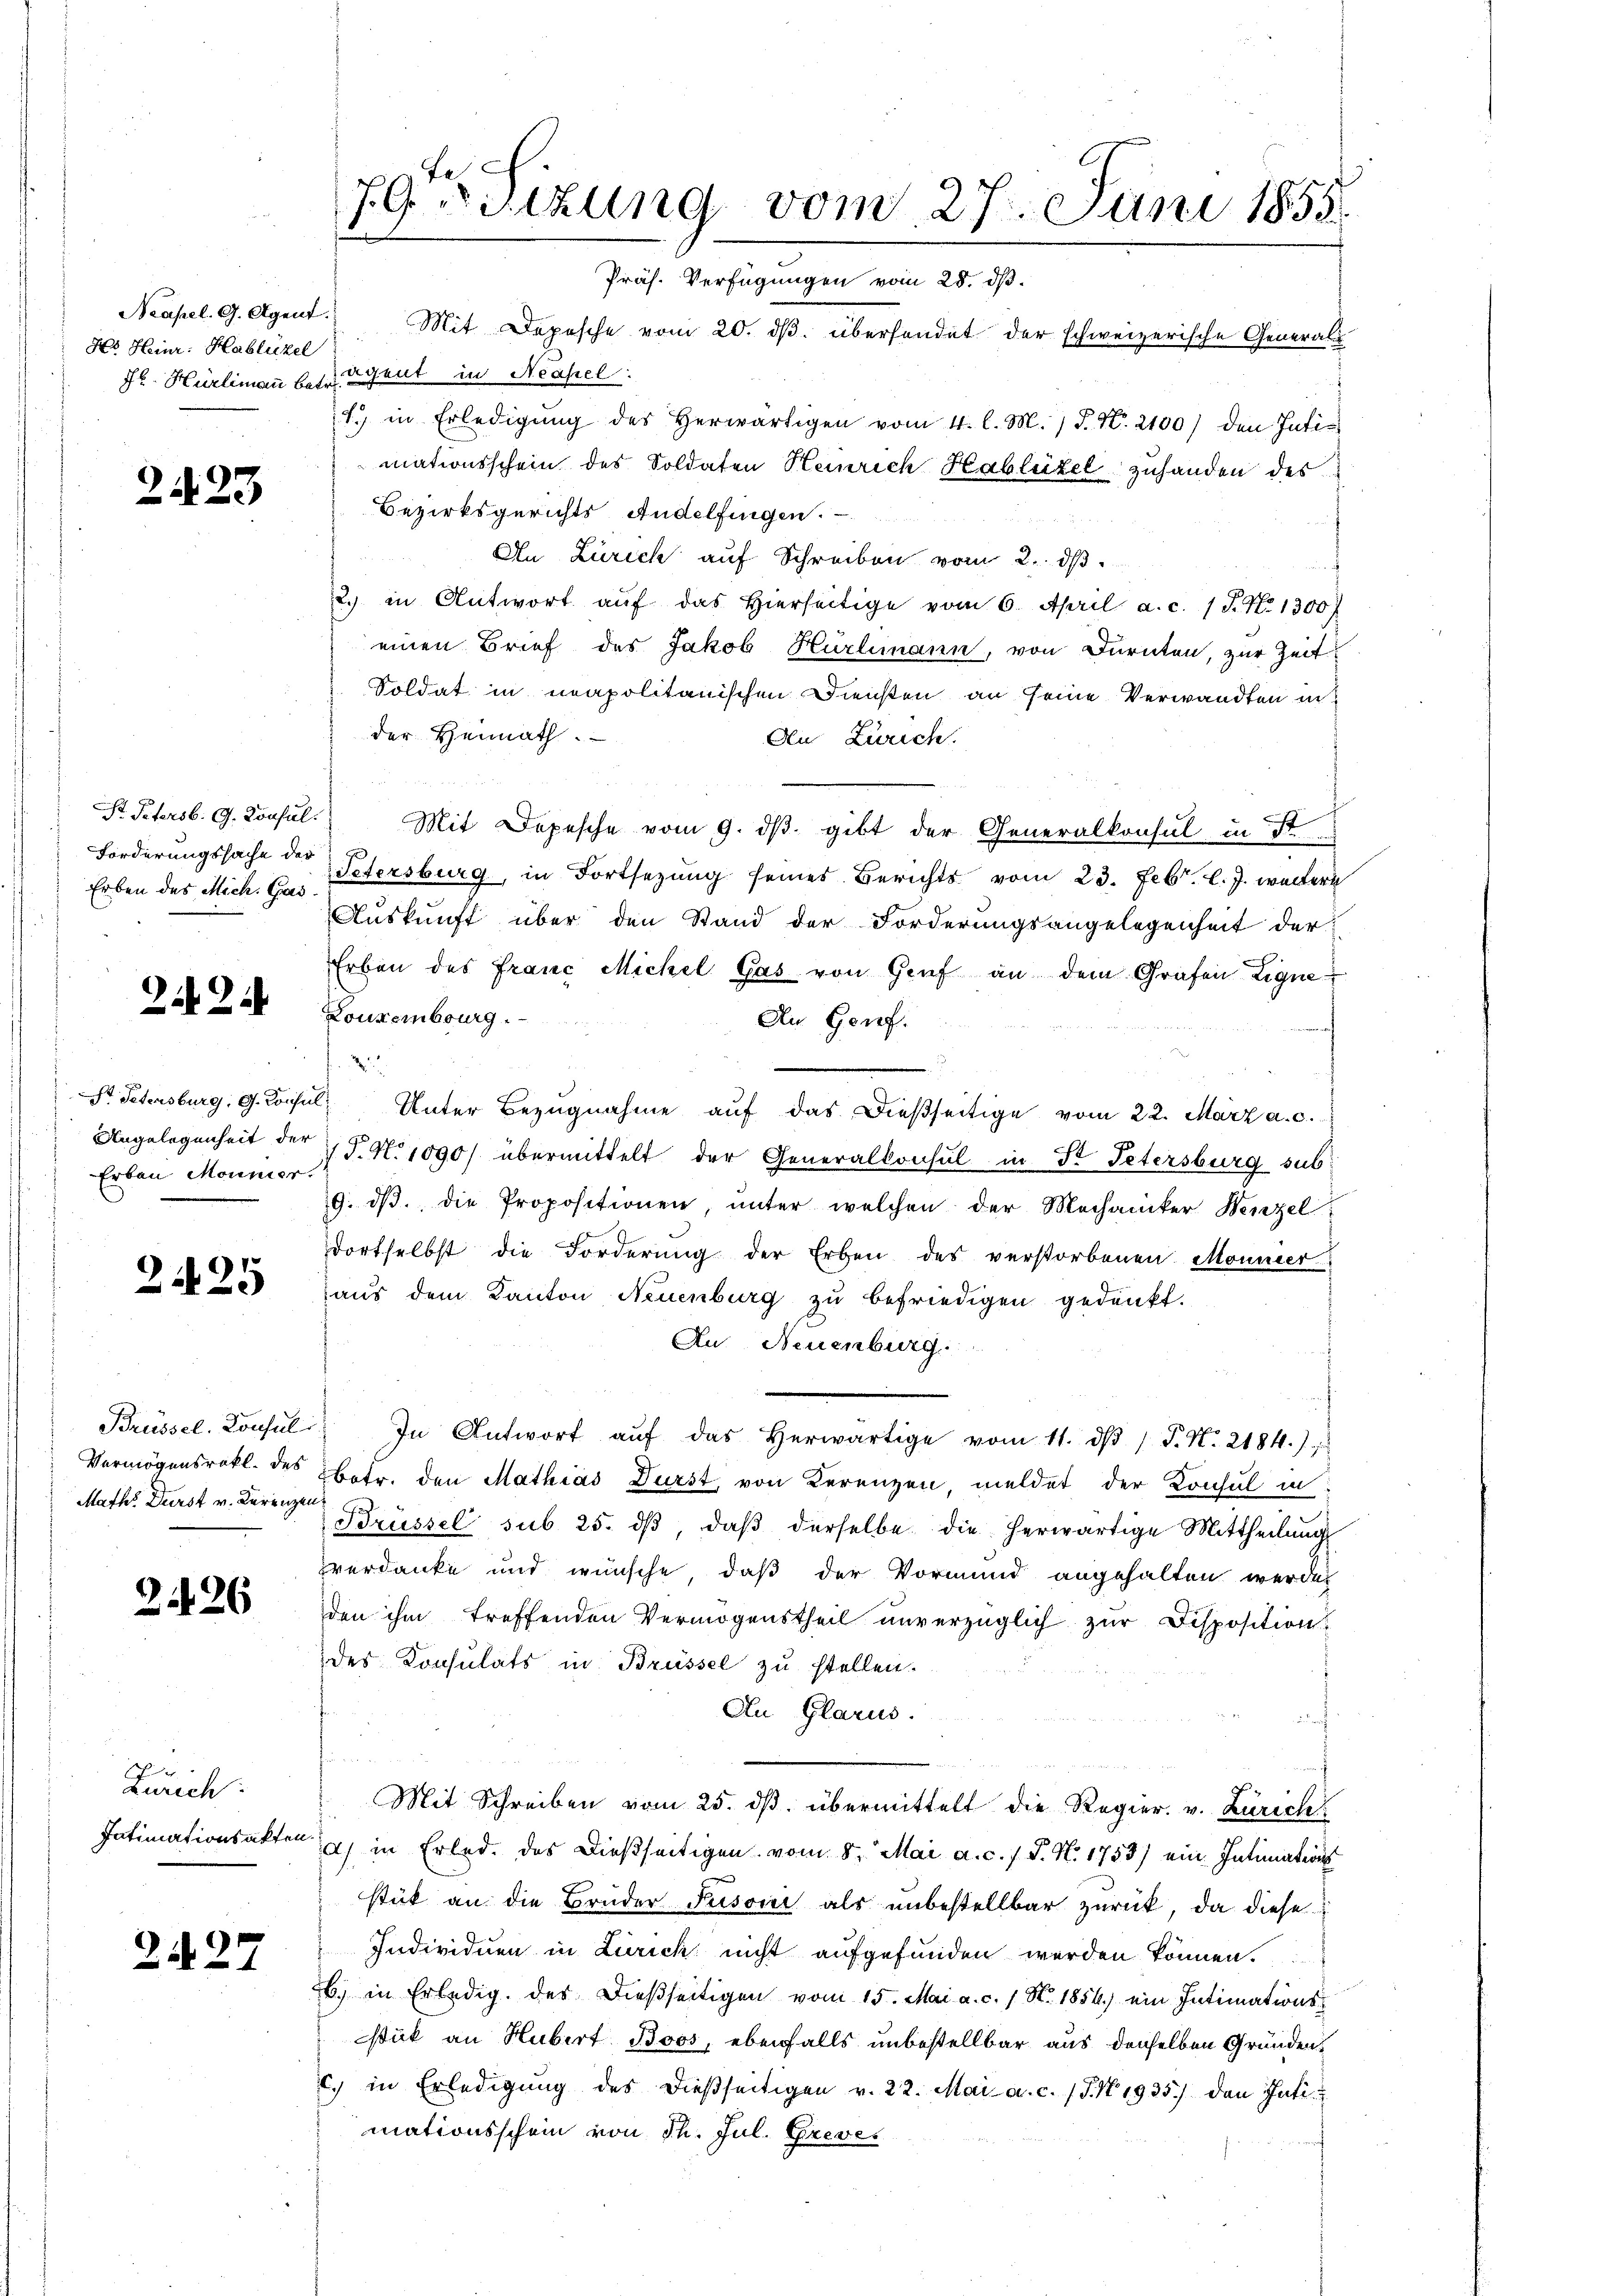
Neapel. G. Agent
Hr. Heinr. Hablüel

2423

St. Petersb. G. Konsul
Erben des Mich. Gas

242.

Dr Petersburg, G. Konsu
Erbau Monnier.

2425

Vermögensrekt. des
Math. Durst v. Kurenzen

2426

Zürich:
Intimationsakten.

2427

79ten Sizung vom 27. Juni 1855.
Präs. Verfügungen vom 28. ds.
Mit Depesche vom 20. dβ überhandet der schweizerische General¬

Hr. Hürlimann betrachent in Neapel:
1.) in Erledigŭng des herwärtigen vom 4. l. M. / P. Nr. 2100) den Tatis
mationsschein des Soldaten Heinrich Hablütel zuhanden des
Bezirksgerichts Andelfingen.
An Zürich auf Schreiben vom 2. dβ.
2. in Antwort aŭf das hierseitige vom 6. April a. c. (T. N. 1300
einen Brief des Jakob Hürlimann, von Dürnten, zur Zeit
Soldat in neapolitanischen Diensten an seine Verwandten in
der Heimath.
Au Zürich.
Mit Depesche vom 9. dβ. gibt der Generalkonsul in St
Forderungssache der Petersburg, in Fortsezung seines Berichts vom 23. Febr. l. J. weitern
Auskunft über den Stand der Forderungsangelegenheit der
Erben des Franc Michel Gas von Genf an dem Grafen Ligne
Louxenburg.
An Genf.
2
e
u. Unter Bezŭgnahme aŭf das dießseitige vom 22. März a. c.
Angelegenheit der P. N. 1090/ übermittelt der Generalkonsul in Dr. Petersburg sub¬
9. dβ die Propositionen, unter welchen der Mechaniker Wenzel
dortselbst die Forderŭng der Erben des verstorbenen Monnier
aus dem Kanton Neuenburg zu befriedigen gedenkt.
Au Neuenburg
Brüssel. Konsŭl. In Antwort aŭf das herwärtige vom 11. dβ / P. N. 2184.)
Betr. den Mathias Durst, von Kerenzen, meldet der Konsul in
Brüssel sub 25. dβ, daβ derselbe die herwärtige Mittheilŭng
verdanke und wünsche, daß der Vormund angehalten werden
den ihm treffenden Vermögenstheil unverzüglich zur Disposition
des Konsulats in Brüssel zu stellen.
Au Glarus.
Mit Schreiben vom 25. dβ übermittelt die Regier. v. Zürich
a) in Erlede des dießseitigen vom 8. Mai a. c. 1 S. N. 1753) ein Intimations
stük an die Brüder Pusoni als unbestellbar zurück, da diese
Individuen in Zürich nicht aufgefunden werden können.
b.) in Erledig, der dießseitigen vom 15. Mai a. c. 1 S. 1854.) ein Intimationsstick an Hubert Boos, ebenfalls unbestellbar aus denselben Gründenc. in Erledigŭng des dießseitigen v. 22. Mai a.c. (T.N 1935.) den Pati
mationsschein von dh. Jul. Greves